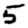
Digit: 5